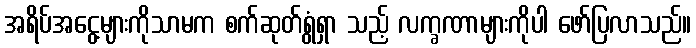
အရိပ်အငွေ့များကိုသာမက စက်ဆုတ်ရွံရှာ သည့် လက္ခဏာများကိုပါ ဖော်ပြလာသည်။